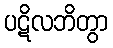
ပဋိလဘိတွာ